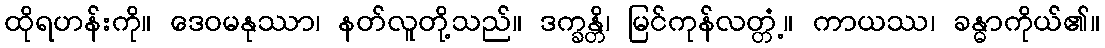
ထိုရဟန်းကို။ ဒေဝမနုဿာ၊ နတ်လူတို့သည်။ ဒက္ခန္တိ၊ မြင်ကုန်လတ္တံ့။ ကာယဿ၊ ခန္ဓာကိုယ်၏။